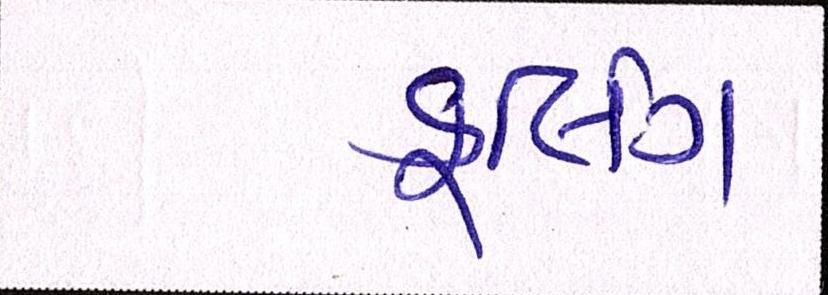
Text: કૂલિંગ